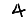
Digit: 4